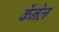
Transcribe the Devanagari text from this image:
केंनेल